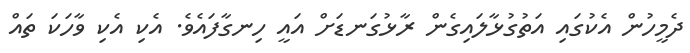
ދެމީހުން އެކުގައި އަތުގުޅާލައިގެން ރާޅުގަނޑަށް އައީ ހިނގާފައެވެ. އެކި އެކި ވާހަކަ ތައް